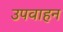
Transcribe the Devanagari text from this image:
उपवाहन